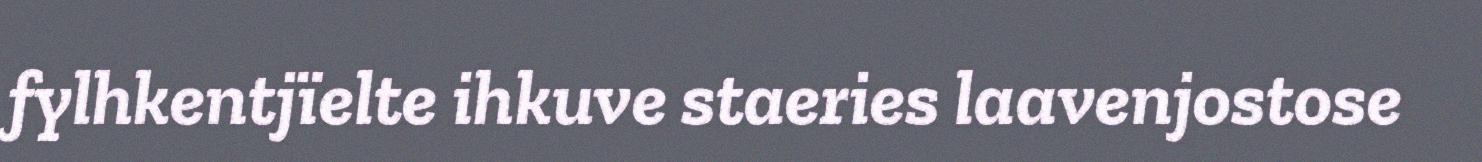
fylhkentjïelte ihkuve staeries laavenjostose